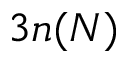
3 n ( N )